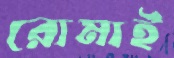
রোমাই